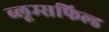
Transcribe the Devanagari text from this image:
ब्लूम्सफिल्ड